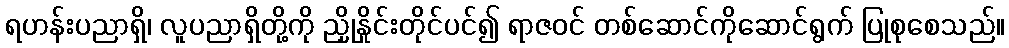
ရဟန်းပညာရှိ၊ လူပညာရှိတို့ကို ညှိုနှိုင်းတိုင်ပင်၍ ရာဇဝင် တစ်ဆောင်ကိုဆောင်ရွက် ပြုစုစေသည်။